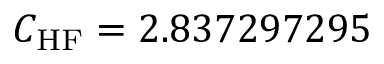
C _ { \mathrm { H F } } = 2 . 8 3 7 2 9 7 2 9 5